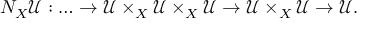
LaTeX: N _ { X } { \mathcal { U } } : \dots \to { \mathcal { U } } \times _ { X } { \mathcal { U } } \times _ { X } { \mathcal { U } } \to { \mathcal { U } } \times _ { X } { \mathcal { U } } \to { \mathcal { U } } .